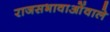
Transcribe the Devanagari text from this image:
राजसभावाओंवाले